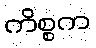
ကိစ္စက